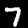
Label: 7